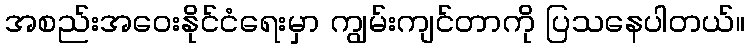
အစည်းအဝေးနိုင်ငံရေးမှာ ကျွမ်းကျင်တာကို ပြသနေပါတယ်။